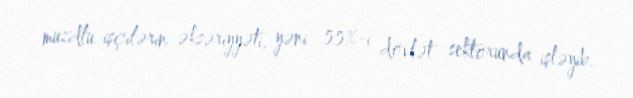
muzdlu işçilərin əksəriyyəti, yəni 55%-i dövlət sektorunda işləyib.